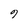
Character: 9